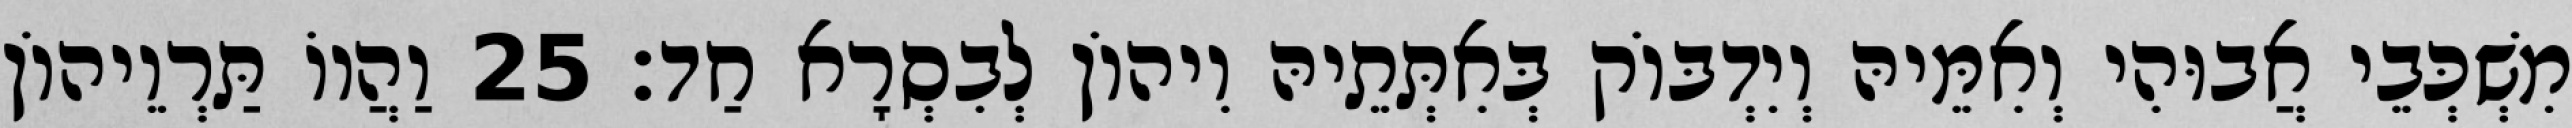
מִשְׁכְּבֵי אֲבוּהִי וְאִמֵּיהּ וְיִדְבּוֹק בְּאִתְּתֵיהּ וִיהוֹן לְבִסְרָא חַד׃ 25 וַהֲווֹ תַּרְוֵיהוֹן